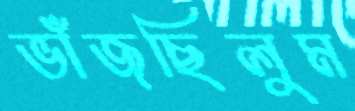
ভাঁজছিলুম